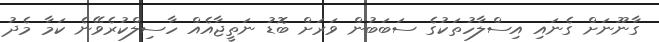
ގާނޫނަށް ގެނައި އިސްލާހުތަކުގެ ސަބަބުން ވަރަށް ބޮޑު ނަތީޖާއެއް ހާސިލްކުރެވޭނެ ކަމާ މެދު